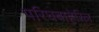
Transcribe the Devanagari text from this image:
परिघबाहेरिल